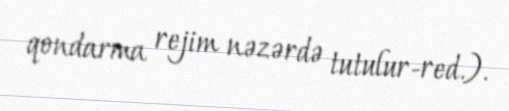
qondarma rejim nəzərdə tutulur-red.).